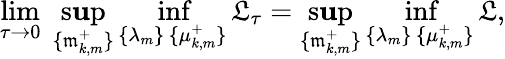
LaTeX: \operatorname*{lim}_{\tau\to0}\; \operatorname*{s\mathbf{u}p}_{\{ \mathfrak{{m}}_{k,m}^{+}\} }\operatorname*{inf}_{\substack{\{ \lambda_{m}\} \, \{ \mu_{k,m}^{+}\} }}\mathfrak{{L}}_{\tau}=\operatorname*{s\mathbf{u}p}_{\{ \mathfrak{{m}}_{k,m}^{+}\} }\operatorname*{inf}_{\substack{\{ \lambda_{m}\} \, \{ \mu_{k,m}^{+}\} }}\mathfrak{{L}},